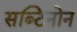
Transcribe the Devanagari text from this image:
सब्टिनोन